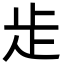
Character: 歨